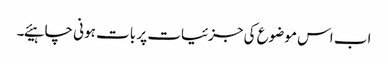
اب اس موضوع کی جزئیات پر بات ہونی چاہیئے۔